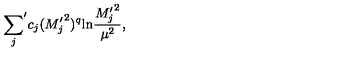
{ \sum _ { j } } ^ { \prime } c _ { j } ( { M _ { j } ^ { \prime } } ^ { 2 } ) ^ { q } \mathrm { l n } { \frac { { M _ { j } ^ { \prime } } ^ { 2 } } { \mu ^ { 2 } } } ,